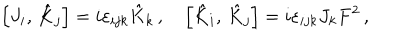
\left[ J _ { i } , \, \hat { K } _ { j } \right] = i \varepsilon _ { i j k } { \hat { K } } _ { k } \, , \quad \left[ { \hat { K } } _ { i } , \, { \hat { K } } _ { j } \right] = i \varepsilon _ { i j k } J _ { k } F ^ { 2 } \, ,